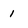
Character: I